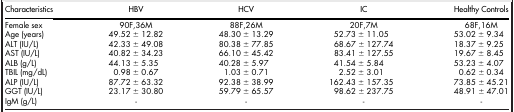
<table><thead><tr><td><b>Characteristics</b></td><td><b>HBV</b></td><td><b>HCV</b></td><td><b>IC</b></td><td><b>Healthy Controls</b></td></tr></thead><tbody><tr><td>Female sex</td><td>90F,36M</td><td>88F,26M</td><td>20F,7M</td><td>68F,16M</td></tr><tr><td>Age (years)</td><td>49.52 ± 12.82</td><td>48.30 ± 13.29</td><td>52.73 ± 11.05</td><td>53.02 ± 9.34</td></tr><tr><td>ALT (IU/L)</td><td>42.33 ± 49.08</td><td>80.38 ± 77.85</td><td>68.67 ± 127.74</td><td>18.37 ± 9.25</td></tr><tr><td>AST (IU/L)</td><td>40.82 ± 34.23</td><td>66.10 ± 45.42</td><td>83.41 ± 127.55</td><td>19.67 ± 8.45</td></tr><tr><td>ALB (g/L)</td><td>44.13 ± 5.35</td><td>40.28 ± 5.97</td><td>41.54 ± 5.84</td><td>53.23 ± 4.07</td></tr><tr><td>TBIL (mg/dL)</td><td>0.98 ± 0.67</td><td>1.03 ± 0.71</td><td>2.52 ± 3.01</td><td>0.62 ± 0.34</td></tr><tr><td>ALP (IU/L)</td><td>87.72 ± 63.32</td><td>92.38 ± 38.99</td><td>162.43 ± 157.35</td><td>73.85 ± 45.21</td></tr><tr><td>GGT (IU/L)</td><td>23.17 ± 30.80</td><td>59.79 ± 65.57</td><td>98.62 ± 237.75</td><td>48.91 ± 47.01</td></tr><tr><td>IgM (g/L)</td><td>-</td><td>-</td><td>-</td><td>-</td></tr></tbody></table>